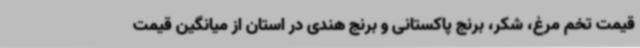
قیمت تخم مرغ، شکر، برنج پاکستانی و برنج هندی در استان از میانگین قیمت